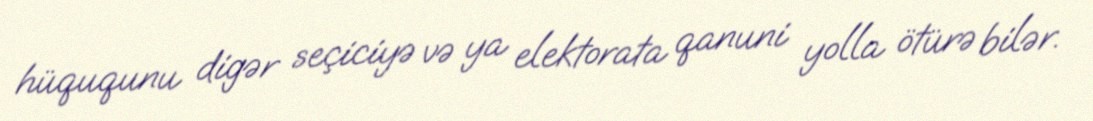
hüququnu digər seçiciyə və ya elektorata qanuni yolla ötürə bilər.